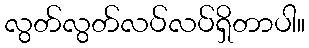
လွတ်လွတ်လပ်လပ်ရှိတာပါ။